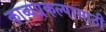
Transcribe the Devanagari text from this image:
काव्यप्रकल्पासाठी